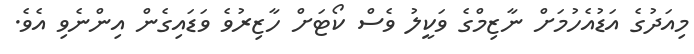
މިއަދުގެ އަޑުއެހުމަށް ނާޒިމްގެ ވަކީލު ވެސް ކޯޓަށް ހާޒިރުވެ ވަޑައިގެން އިންނެވި އެވެ.